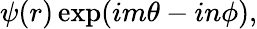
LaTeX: \psi(r)\exp(im\theta-in\phi),